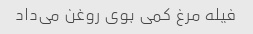
فیله مرغ کمی بوی روغن می‌داد